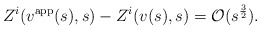
\begin{align*} Z^i(v^\mathrm{app}(s),s)-Z^i(v(s),s) = \mathcal O(s^\frac 32).\end{align*}